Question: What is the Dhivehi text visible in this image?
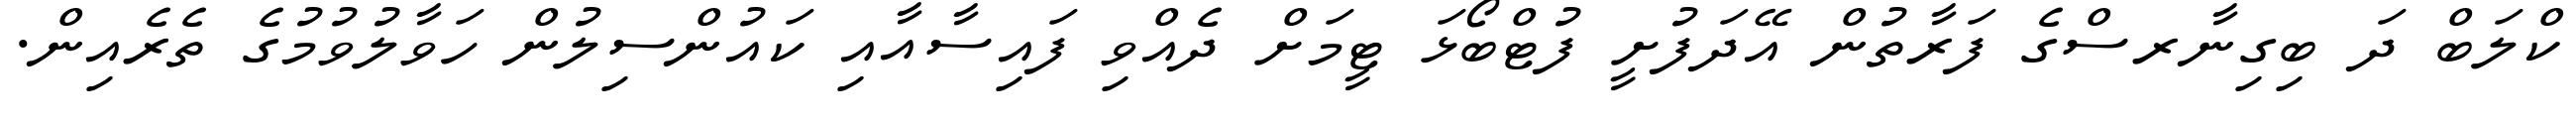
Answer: ކްލަބް ދަ ބިގިނާރސްގެ ފަރާތުން އޭދަފުށީ ފުޓްބޯޅަ ޓީމަށް ދެއްވި ފައިސާއާއި ކައުންސިލުން ހަވާލުވުމުގެ ތެރެއިން.